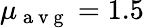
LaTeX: \mu_{\mathrm{~a~v~g~}}=1.5